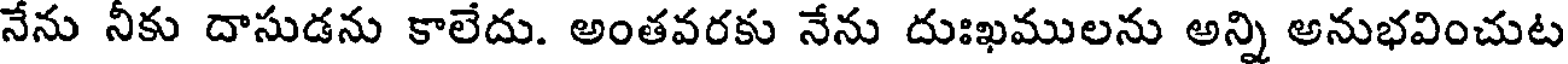
నేను నీకు దాసుడను కాలేదు. అంతవరకు నేను దుఃఖములను అన్ని అనుభవించుట